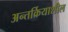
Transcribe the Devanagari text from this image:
अन्तर्क्रियाशील